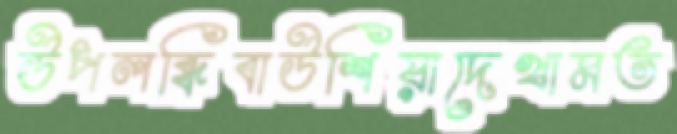
উপলব্ধিবাউশিয়াদেখামত